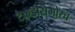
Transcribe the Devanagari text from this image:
टेकडीसमोरच